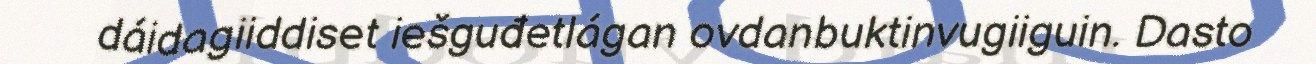
dáidagiiddiset iešguđetlágan ovdanbuktinvugiiguin. Dasto